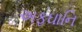
અફઘાનિ